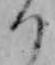
り